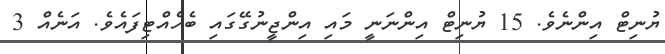
ޔުނިޓް އިންނެވެ. 15 ޔުނިޓް އިންނަނީ މައި އިންޖީނުގޭގައި ބެހެއްޓިފައެވެ. އަނެއް 3